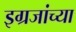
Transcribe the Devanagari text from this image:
इग्रजांच्या